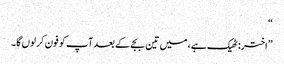
“
”اختر: ٹھیک ہے، میں تین بجے کے بعد آپ کو فون کر لوں گا۔